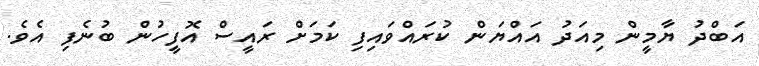
އަބްދު ޔާމީން މިއަދު އައްޔަން ކުރައްވައިފި ކަމަށް ރައީސް އޮފީހުން ބުނެފި އެވެ.